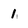
Character: 1